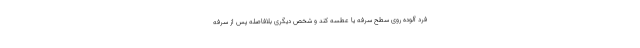
فرد آلوده روی سطح سرفه یا عطسه کند و شخص دیگری بلافاصله پس از سرفه